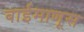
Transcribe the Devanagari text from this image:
बाईमाणूस